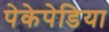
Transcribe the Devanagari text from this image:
पेकेपेडिया